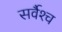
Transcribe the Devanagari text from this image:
सर्वैश्‍च